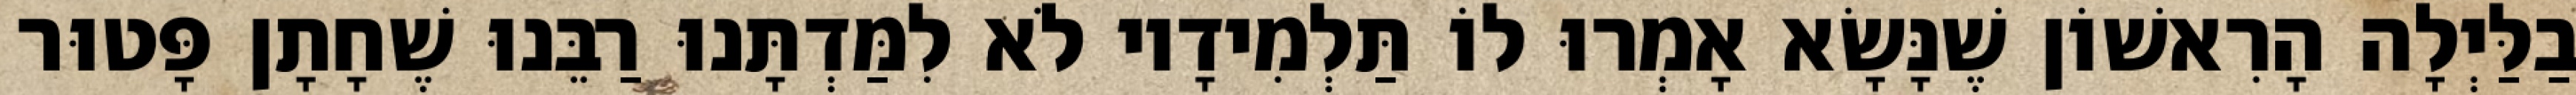
בַלַּיְלָה הָרִאשׁוֹן שֶׁנָּשָׂא אָמְרוּ לוֹ תַּלְמִידָיו לֹא לִמַּדְתָּנוּ רַבֵּנוּ שֶׁחָתָן פָּטוּר